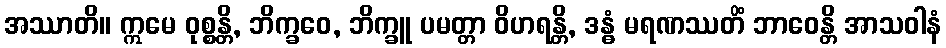
အဿာတိ။ ဣမေ ဝုစ္စန္တိ, ဘိက္ခဝေ, ဘိက္ခူ ပမတ္တာ ဝိဟရန္တိ, ဒန္ဓံ မရဏဿတိံ ဘာဝေန္တိ အာသဝါနံ